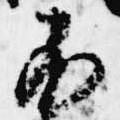
不